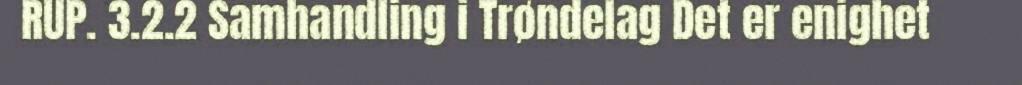
RUP. 3.2.2 Samhandling i Trøndelag Det er enighet